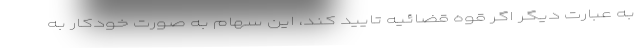
به عبارت دیگر اگر قوه قضائیه تایید کند، این سهام به صورت خودکار به